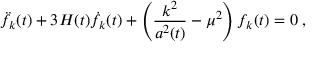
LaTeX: \ddot { f } _ { k } ( t ) + 3 H ( t ) \dot { f } _ { k } ( t ) + \left( \frac { k ^ { 2 } } { a ^ { 2 } ( t ) } - \mu ^ { 2 } \right) f _ { k } ( t ) = 0 \; ,